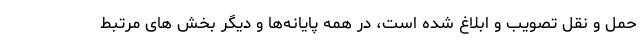
حمل و نقل تصویب و ابلاغ شده است، در همه پایانه‌ها و دیگر بخش های مرتبط